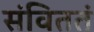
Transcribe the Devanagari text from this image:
संविततं